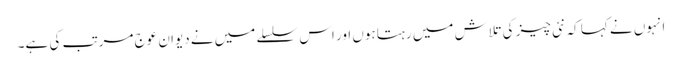
انہوں نے کہا کہ نئی چیز کی تلاش میں رہتا ہوں اور اس سلسلے میں نے دیوان عوج مرتب کی ہے۔